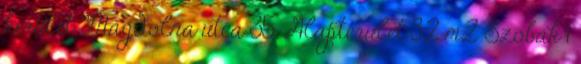
kerület Magdolna utca 35. Alapterület 32 m2 Szobák 1